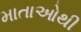
માતાઓથી